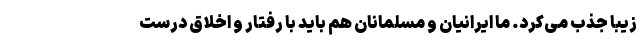
زیبا جذب می‌کرد. ما ایرانیان و مسلمانان هم باید با رفتار و اخلاق درست